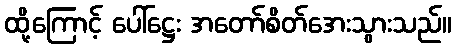
ထို့ကြောင့် ပေါ်ဋ္ဌေး အတော်စိတ်အေးသွားသည်။